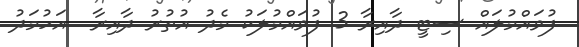
ފުވައްމުލައް ސިޓީ ދާއިރާ 3 ފުވައްމުލަކު މެދު އުތުރު ދާއިރާ  އަހުމަދު